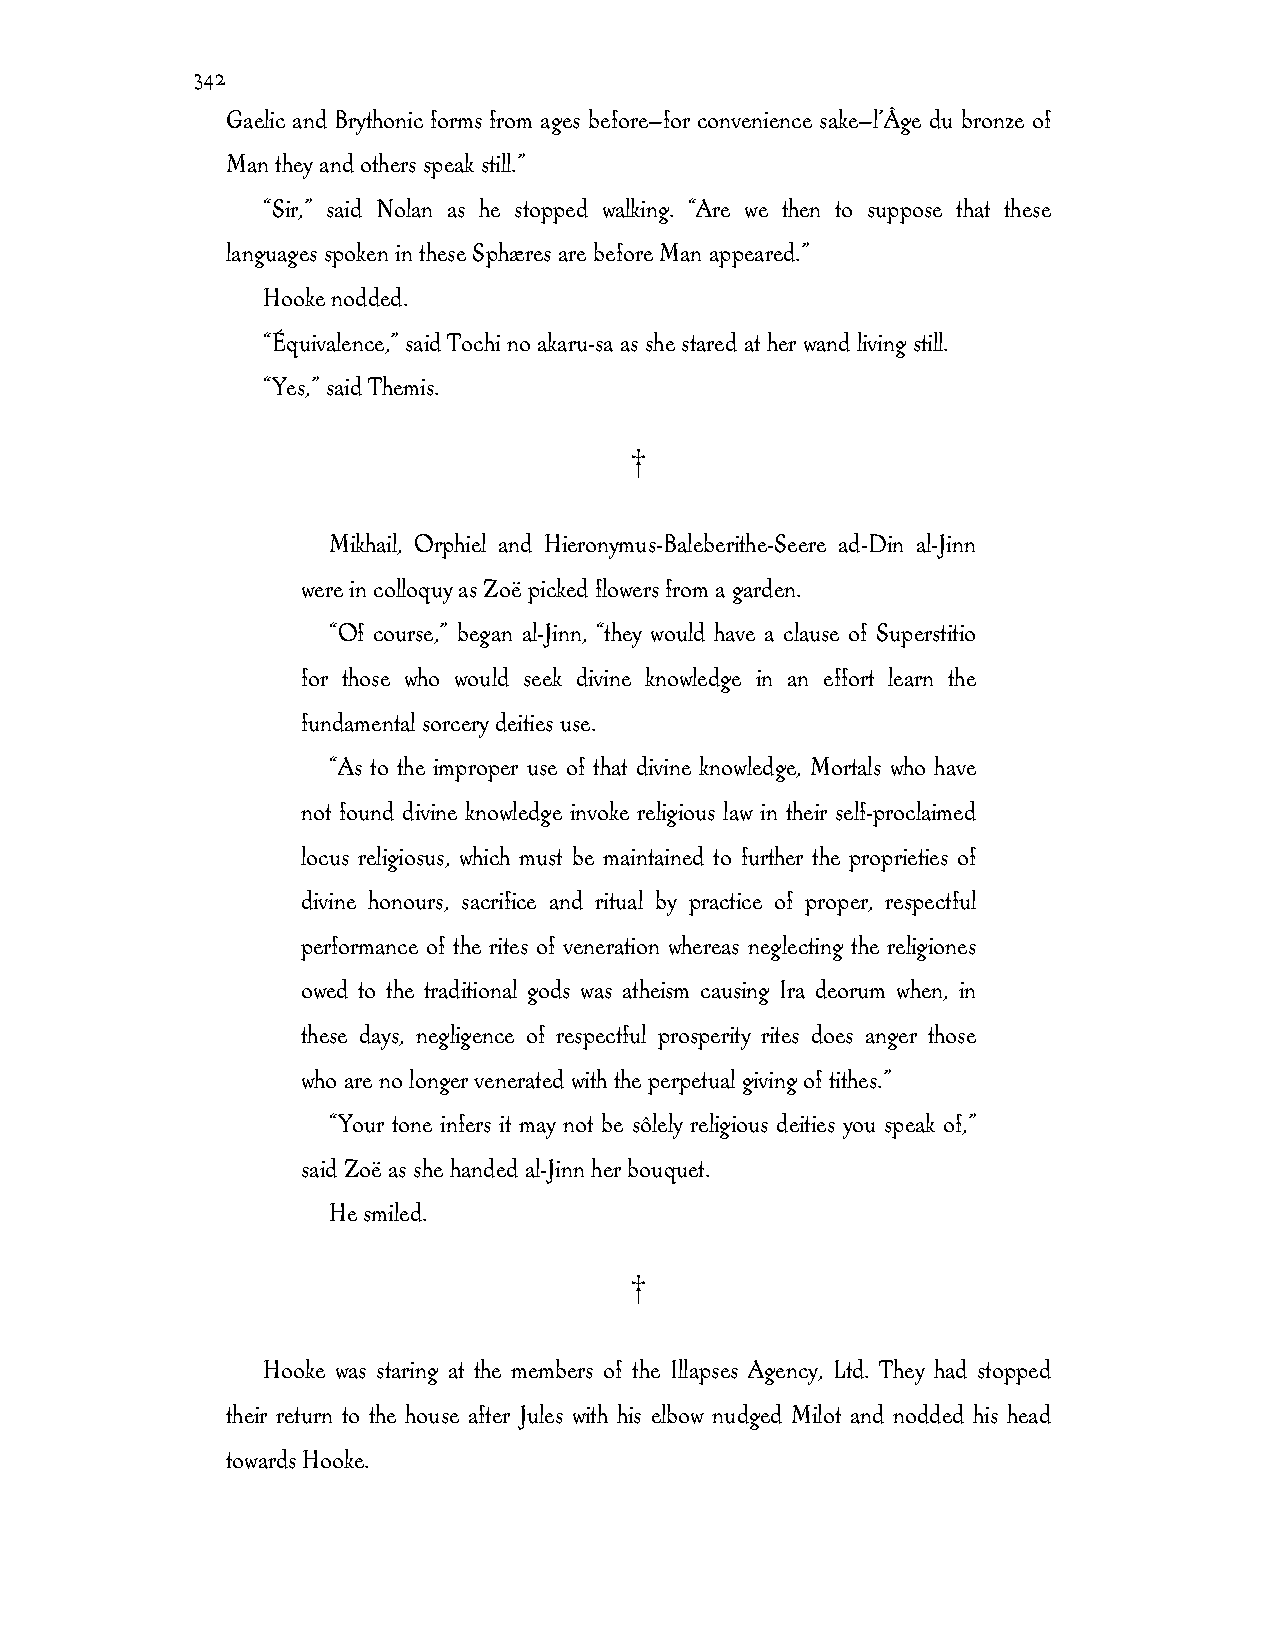
342
 Gaelic and Brythonic forms from ages before—for convenience sake—l’Âge du bronze of
 Man they and others speak still.”
 “Sir,” said Nolan as he stopped walking. “Are we then to suppose that these
 languages spoken in these Sphæres are before Man appeared.”
 Hooke nodded.
 “Équivalence,” said Tochi no akaru-sa as she stared at her wand living still.
 “Yes,” said Themis.
 †
 Mikhail, Orphiel and Hieronymus-Baleberithe-Seere ad-Din al-Jinn
 were in colloquy as Zoë picked flowers from a garden.
 “Of course,” began al-Jinn, “they would have a clause of Superstitio
 for those who would seek divine knowledge in an effort learn the
 fundamental sorcery deities use.
 “As to the improper use of that divine knowledge, Mortals who have
 not found divine knowledge invoke religious law in their self-proclaimed
 locus religiosus, which must be maintained to further the proprieties of
 divine honours, sacrifice and ritual by practice of proper, respectful
 performance of the rites of veneration whereas neglecting the religiones
 owed to the traditional gods was atheism causing Ira deorum when, in
 these days, negligence of respectful prosperity rites does anger those
 who are no longer venerated with the perpetual giving of tithes.”
 “Your tone infers it may not be sôlely religious deities you speak of,”
 said Zoë as she handed al-Jinn her bouquet.
 He smiled.
 †
 Hooke was staring at the members of the Illapses Agency, Ltd. They had stopped
 their return to the house after Jules with his elbow nudged Milot and nodded his head
 towards Hooke.